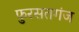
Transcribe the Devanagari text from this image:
फुरसतगंज